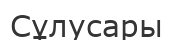
Сұлусары